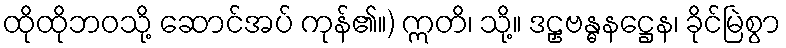
ထိုထိုဘဝသို့ ဆောင်အပ် ကုန်၏။) ဣတိ၊ သို့။ ဒဠှဗန္ဓနဋ္ဌေန၊ ခိုင်မြဲစွာ